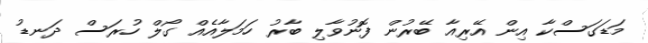
މަޑަގަސްކާ އިން އޭރިއާ ބޭރުން ފޮނުވާލި ބާރު ހަމަލާއެއް ގޯލް ހުރަސް ދަނޑު